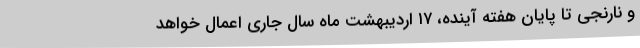
و نارنجی تا پایان هفته آینده، ۱۷ اردیبهشت ماه سال جاری اعمال خواهد